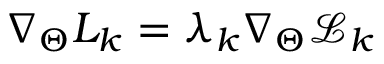
\nabla _ { \Theta } L _ { k } = \lambda _ { k } \nabla _ { \Theta } \mathcal { L } _ { k }